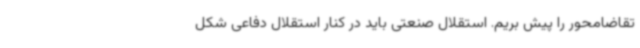
تقاضامحور را پیش بریم. استقلال صنعتی باید در کنار استقلال دفاعی شکل